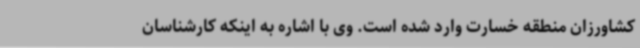
کشاورزان منطقه خسارت وارد شده است. وی با اشاره به اینکه کارشناسان